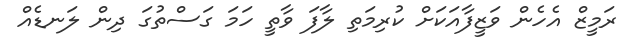
ރަމީޒް އެހެން ވަޒީފާއަކަށް ކުރިމަތި ލާފަ ވާތީ ހަމަ ގަސްތުގަ ދިން ލަނޑެއް